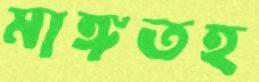
মাঙ্গতহ